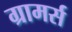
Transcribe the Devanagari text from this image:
ग्रामर्स